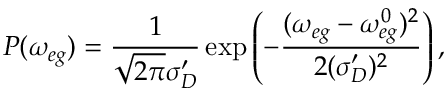
P ( \omega _ { e g } ) = \frac { 1 } { \sqrt { 2 \pi } \sigma _ { D } ^ { \prime } } \exp \left( - \frac { ( \omega _ { e g } - \omega _ { e g } ^ { 0 } ) ^ { 2 } } { 2 ( \sigma _ { D } ^ { \prime } ) ^ { 2 } } \right) ,